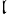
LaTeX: ^{\mathfrak{l}}